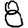
Digit: 8